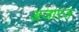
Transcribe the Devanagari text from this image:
अजारज